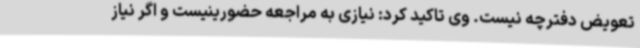
تعویض دفترچه نیست. وی تاکید کرد: نیازی به مراجعه حضورینیست و اگر نیاز